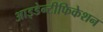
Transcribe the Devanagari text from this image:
आइडेन्टीफिकेशन